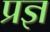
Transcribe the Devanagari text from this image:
प्रज्ञ